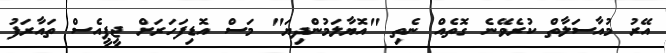
އޭރު މުއާސަލާތް ކުރެވޭނެ ގޮތެއް ނެތި "އޮޔާލަމުންދިޔަ" މަސް އޮޑިފަހަރަށް ޖީޕީއެސް ތައާރަފު